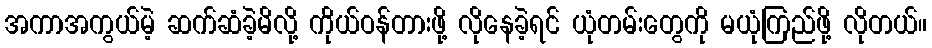
အကာအကွယ်မဲ့ ဆက်ဆံခဲ့မိလို့ ကိုယ်ဝန်တားဖို့ လိုနေခဲ့ရင် ယုံတမ်းတွေကို မယုံကြည်ဖို့ လိုတယ်။